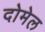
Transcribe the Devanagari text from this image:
दोमेल